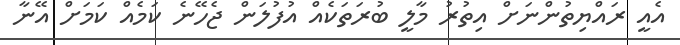
އެއީ ރައްޔިތުންނަށް އިތުރު މާލީ ބުރަތަކެއް އުފުލަން ޖެހޭނެ ކަމެއް ކަމަަށް އޭނާ